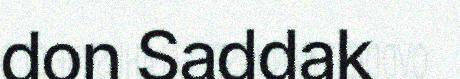
don Saddak